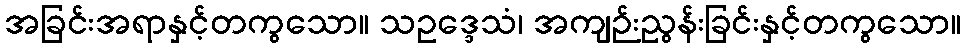
အခြင်းအရာနှင့်တကွသော။ သဥဒ္ဒေသံ၊ အကျဉ်းညွန်းခြင်းနှင့်တကွသော။